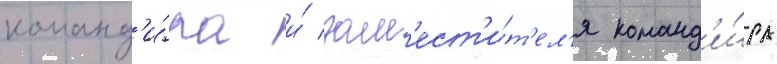
команд'и́ра и́ зам'ест'и́т'ел'я команд'и́ра